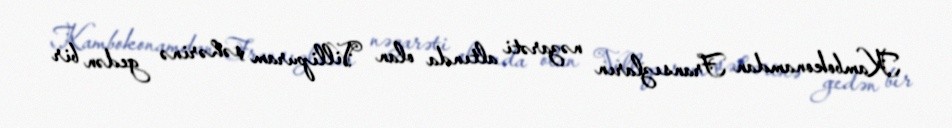
Kambokonamdan Fransızların nəzarəti altında olan Villipuram şəhərinə gedən bir